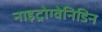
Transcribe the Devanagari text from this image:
नाइट्रोग्वेनिडिन